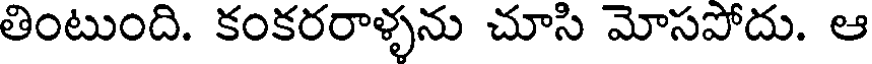
తింటుంది. కంకరరాళ్ళను చూసి మోసపోదు. ఆ